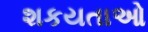
શકયતાઓ